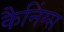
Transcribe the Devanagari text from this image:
कैनिंग्स